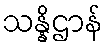
သန္နိဌာန်